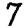
Digit: 7